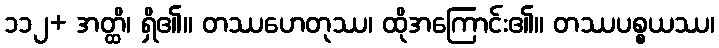
၁၁၂+ အတ္ထိ၊ ရှိ၏။ တဿဟေတုဿ၊ ထိုအကြောင်း၏။ တဿပစ္စယဿ၊